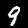
Digit: 9